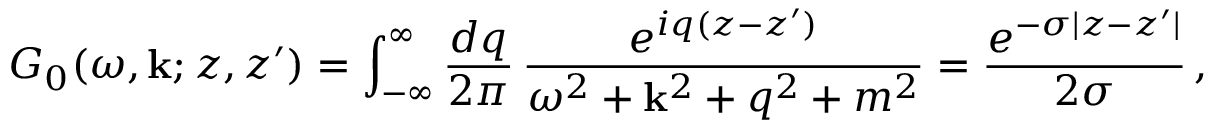
{ \cal G } _ { 0 } ( \omega , { \bf k } ; z , z ^ { \prime } ) = \int _ { - \infty } ^ { \infty } \frac { d q } { 2 \pi } \, \frac { e ^ { i q ( z - z ^ { \prime } ) } } { \omega ^ { 2 } + { \bf k } ^ { 2 } + q ^ { 2 } + m ^ { 2 } } = \frac { e ^ { - \sigma | z - z ^ { \prime } | } } { 2 \sigma } \, ,